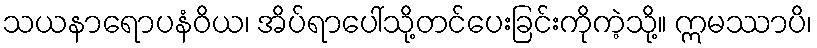
သယနာရောပနံဝိယ၊ အိပ်ရာပေါ်သို့တင်ပေးခြင်းကိုကဲ့သို့။ ဣမဿာပိ၊